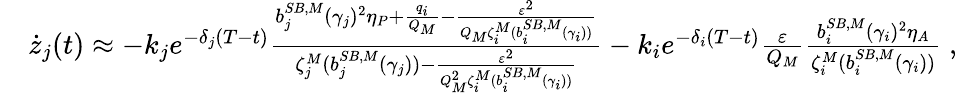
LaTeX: \begin{array}{rl}&{\dot{z}_{j}(t)\approx-k_{j}e^{-\delta_{j}(T-t)}\frac{{b}_{j}^{SB,M}(\gamma_{j})^{2}\eta_{P}+\frac{q_{i}}{Q_{M}}-\frac{\varepsilon^{2}}{Q_{M}\zeta_{i}^{M}({b}_{i}^{SB,M}(\gamma_{i}))}}{\zeta_{j}^{M}({b}_{j}^{SB,M}(\gamma_{j}))-\frac{\varepsilon^{2}}{Q_{M}^{2}\zeta_{i}^{M}({b}_{i}^{SB,M}(\gamma_{i}))}}-k_{i}e^{-\delta_{i}(T-t)}\frac{\varepsilon}{Q_{M}}\frac{{b}_{i}^{SB,M}(\gamma_{i})^{2}\eta_{A}}{\zeta_{i}^{M}({b}_{i}^{SB,M}(\gamma_{i}))}\; ,}\end{array}